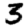
Digit: 3